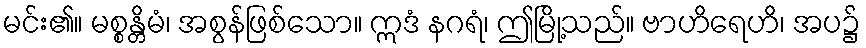
မင်း၏။ မစ္စန္တိမံ၊ အစွန်ဖြစ်သော။ ဣဒံ နဂရံ၊ ဤမြို့သည်။ ဗာဟိရေဟိ၊ အပ၌